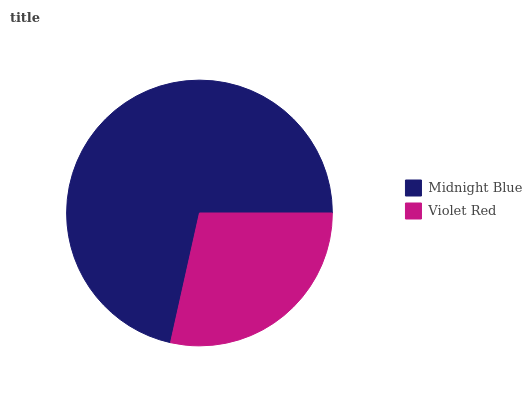
| Midnight Blue | Violet Red |
 | --- | --- |
 | 71.5% | 28.5% |